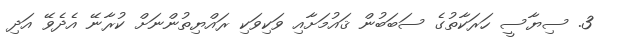
3. ސިޔާސީ ހަރަކާތުގެ ސަބަބުން ޤައުމަށާއި ވަކިވަކި ރައްޔިތުންނަށް ކުރާނޭ އެދެވޭ އަދި